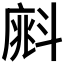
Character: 𣂁